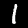
Digit: 1